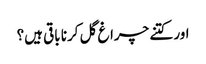
اور کتنے چراغ گل کرنا باقی ہیں؟